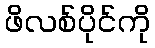
ဖိလစ်ပိုင်ကို